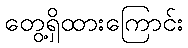
တွေ့ရှိထားကြောင်း